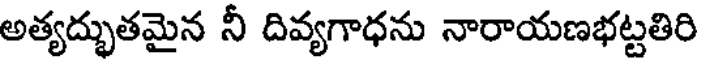
అత్యద్భుతమైన నీ దివ్యగాధను నారాయణభట్టతిరి